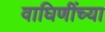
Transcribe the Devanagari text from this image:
वाघिणींच्या